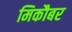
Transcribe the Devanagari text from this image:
मिकौबर